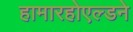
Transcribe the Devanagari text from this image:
हामारहोएल्डने